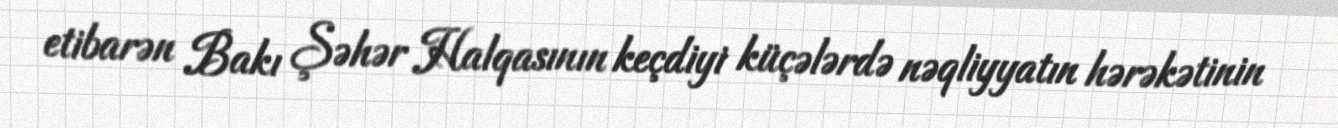
etibarən Bakı Şəhər Halqasının keçdiyi küçələrdə nəqliyyatın hərəkətinin